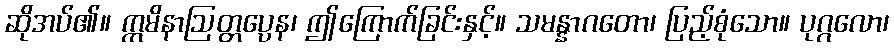
ဆိုအပ်၏။ ဣမိနာဩတ္တပ္ပေန၊ ဤကြောက်ခြင်းနှင့်။ သမန္နာဂတော၊ ပြည့်စုံသော။ ပုဂ္ဂလော၊